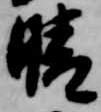
晴